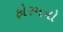
ફોરમનો